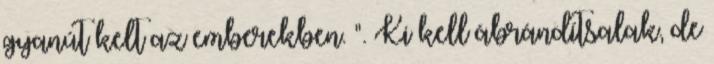
gyanút kelt az emberekben. ". Ki kell ábrándítsalak, de